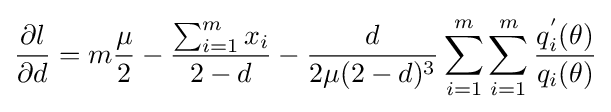
{\frac {\partial l}{\partial d}}=m{\frac {\mu }{2}}-{\frac {\sum _{i=1}^{m}x_{i}}{2-d}}-{\frac {d}{2\mu (2-d)^{3}}}\sum _{i=1}^{m}\sum _{i=1}^{m}{\frac {q_{i}^{'}(\theta )}{q_{i}(\theta )}}